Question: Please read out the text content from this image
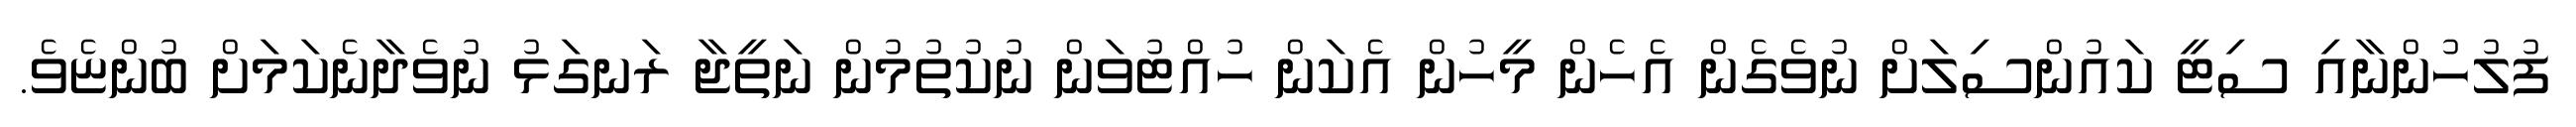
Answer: ފުލުހުންނާއި ސިޓީ ކައުންސިލަށް ނުވެގެން އެހެން މީހުން އެކަން ހުއްޓުވަން ނުކުތުމުން ނަތީޖާ ރަނގަޅު ނުވެދާނެކަމަށް ބުންޏެވެ.